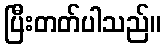
ပြီးတတ်ပါသည်။